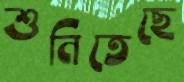
শুনিতেছে